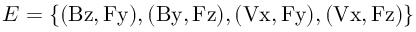
E = \{ \mathrm { ( B z , F y ) , ( B y , F z ) , ( V x , F y ) , ( V x , F z ) } \}